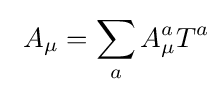
\ A_{\mu }=\sum _{a}A_{\mu }^{a}T^{a}